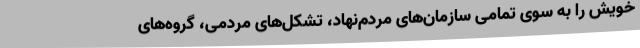
خویش را به سوی تمامی سازمان‌های مردم‌نهاد، تشکل‌های مردمی، گروه‌های